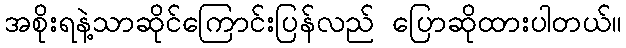
အစိုးရနဲ့သာဆိုင်ကြောင်းပြန်လည် ပြောဆိုထားပါတယ်။